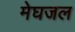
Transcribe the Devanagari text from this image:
मेघजल